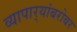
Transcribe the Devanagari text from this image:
व्यापार्‍यांबरोबर